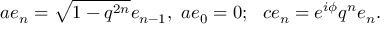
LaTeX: a e _ { n } = \sqrt { 1 - q ^ { 2 n } } e _ { n - 1 } , ~ a e _ { 0 } = 0 ; ~ ~ c e _ { n } = e ^ { i \phi } q ^ { n } e _ { n } .